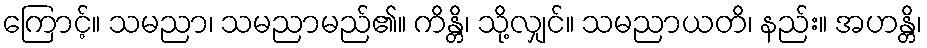
ကြောင့်။ သမညာ၊ သမညာမည်၏။ ကိန္တိ၊ သို့လျှင်။ သမညာယတိ၊ နည်း။ အဟန္တိ၊